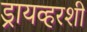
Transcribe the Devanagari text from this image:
ड्रायव्हरशी